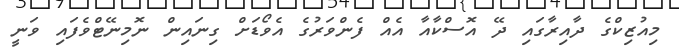
މިއުޒިކްގެ ދާއިރާގައި ދޭ އޮސްކާއާ އެއް ފެންވަރުގެ އެވޯޑަށް ގިނައިން ނޮމިނޭޓްވެފައި ވަނީ